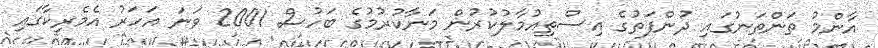
އާންމު ތަންތަނުގައި ދުންފަތުގެ އިސްތިއުމާލުކުރުން މަނާކުރުމުގެ ބަހުސް 2001 ވަނަ އަހަރު އެމެރިކާގައި